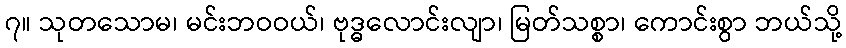
၇။ သုတသောမ၊ မင်းဘဝဝယ်၊ ဗုဒ္ဓလောင်းလျာ၊ မြတ်သစ္စာ၊ ကောင်းစွာ ဘယ်သို့